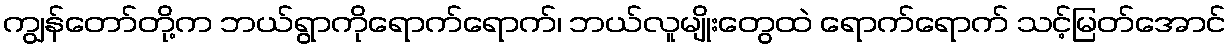
ကျွန်တော်တို့က ဘယ်ရွာကိုရောက်ရောက်၊ ဘယ်လူမျိုးတွေထဲ ရောက်ရောက် သင့်မြတ်အောင်